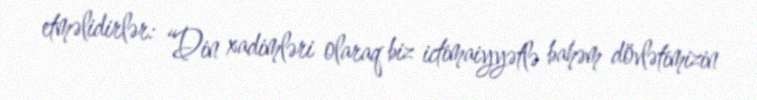
etməlidirlər: “Din xadimləri olaraq biz ictimaiyyətlə bahəm dövlətimizin